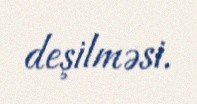
deşilməsi.